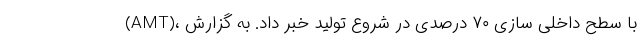
(AMT)، با سطح داخلی سازی ۷۰ درصدی در شروع تولید خبر داد. به گزارش